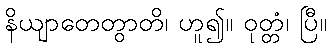
နိယျာတေတွာတိ၊ ဟူ၍။ ဝုတ္တံ၊ ပြီ။